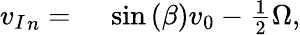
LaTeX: \begin{array}{rl}{{v_{I}}_{n}={}}&{{}\sin{(\beta)}v_{0}-\frac{1}{2}\Omega,}\end{array}